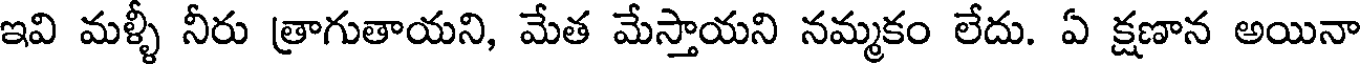
ఇవి మళ్ళీ నీరు త్రాగుతాయని, మేత మేస్తాయని నమ్మకం లేదు. ఏ క్షణాన అయినా